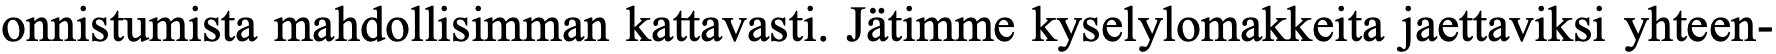
onnistumista mahdollisimman kattavasti. Jätimme kyselylomakkeita jaettaviksi yhteen-